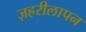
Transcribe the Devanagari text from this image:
ज़हरीलापन